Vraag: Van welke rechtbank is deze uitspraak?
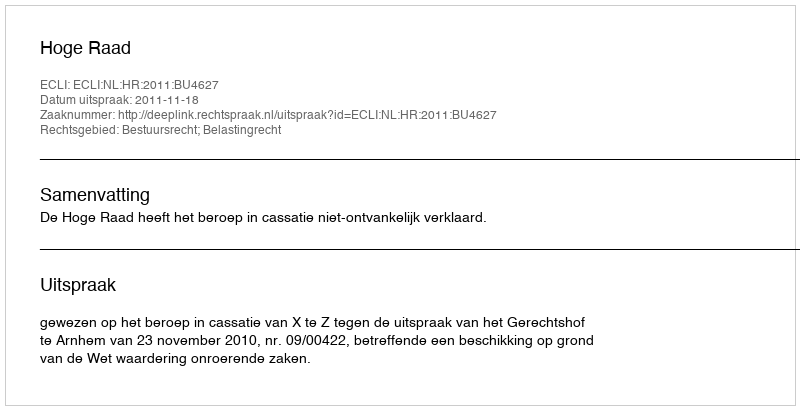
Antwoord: Hoge Raad